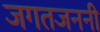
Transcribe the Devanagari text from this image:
जगतजननी